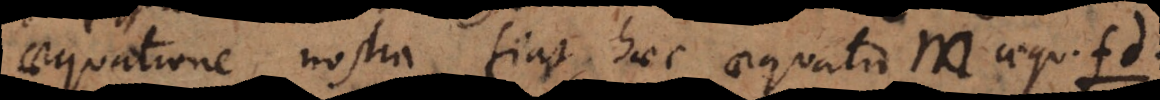
aequatione nostra fiat haec aequatio m aequ..